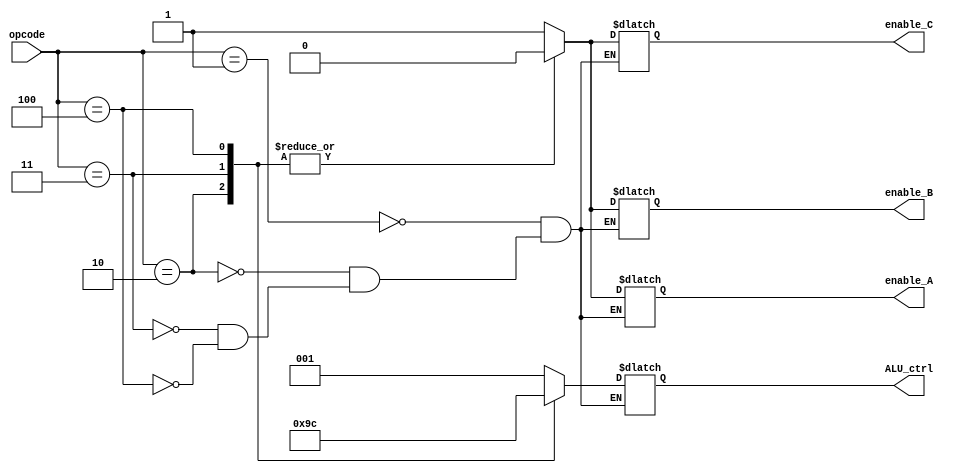
`timescale 1ns / 1ps
module control_unit(
    input [16:0] opcode,
    output reg [2:0] ALU_ctrl, 
    output reg enable_A, 
    output reg enable_B,
    output reg enable_C
    );
    
    always @(*) begin
    case(opcode)
    17'b001: begin 
        ALU_ctrl = 3'b001; 
        enable_A = 1'b1;
        enable_B = 1'b1;
        enable_C = 1'b1;
        end 
    17'b010: begin
        ALU_ctrl = 3'b010;
        enable_A = 1'b0;
        enable_B = 1'b0;
        enable_C = 1'b0;
        end 
    17'b011: begin
        ALU_ctrl = 3'b011;
        enable_A = 1'b0;
        enable_B = 1'b0;
        enable_C = 1'b0;
        end
    17'b100:begin
        ALU_ctrl = 3'b100;
        enable_A = 1'b0;
        enable_B = 1'b0;
        enable_C = 1'b0;
        end
    endcase
    end
endmodule